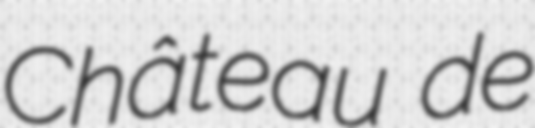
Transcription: Château de